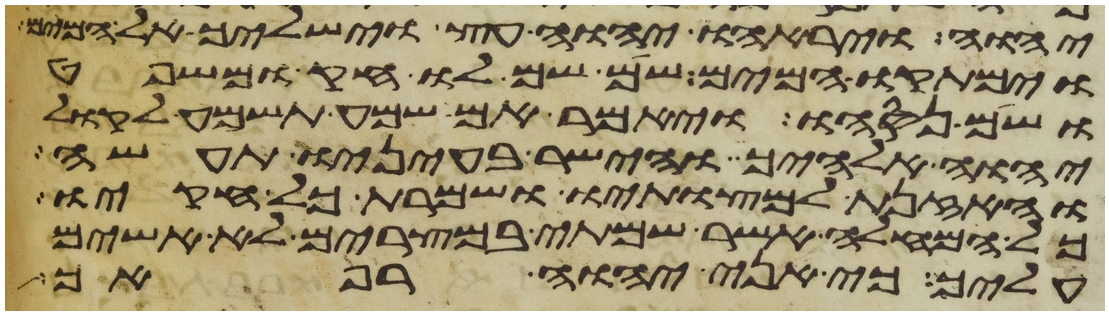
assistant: יהוה ויראהו יהוה עץ וישלך אל המים
וימתקו המים שם שם לו חק ומשפט
ושם נסהו ויאמר אם שמע תשמע לקול
יהוה אלהיך והישר בעיניו תעשה
והאזנת למצותיו ושמרת כל חקיו
כל המחלה אשר שמתי במצרים לא אשים
עליך כי אני יהוה רפאך